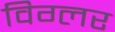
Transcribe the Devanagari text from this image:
विग्लर